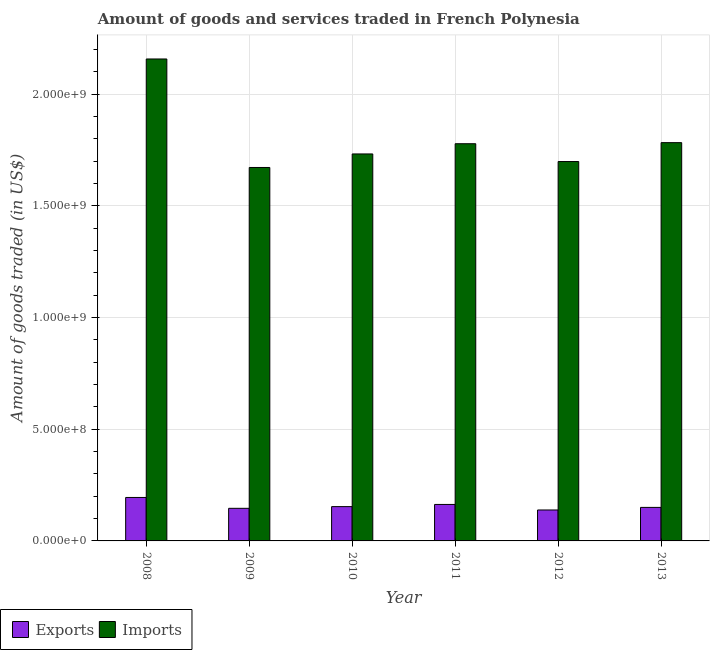
| Year | Exports | Imports |
 | --- | --- | --- |
 | 2008 | 1.95e+08 | 2.16e+09 |
 | 2009 | 1.46e+08 | 1.67e+09 |
 | 2010 | 1.54e+08 | 1.73e+09 |
 | 2011 | 1.63e+08 | 1.78e+09 |
 | 2012 | 1.38e+08 | 1.7e+09 |
 | 2013 | 1.5e+08 | 1.78e+09 |